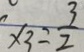
x _ { 3 } = \frac { 3 } { 2 }